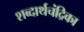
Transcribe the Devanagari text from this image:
शब्दार्थचंद्रिका